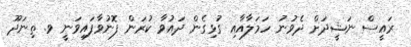
ރައީސް ނަޝީދަށް ދެވުނު ހަމަލާއާއި ގުޅިގެން ދައުވާ ކުރަން ފޮނުވާފައިވަނީ ވ. ތިނަދޫ